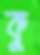
কু